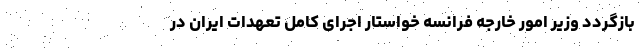
بازگردد وزیر امور خارجه فرانسه خواستار اجرای کامل تعهدات ایران در